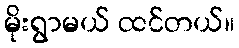
မိုးရွာမယ် ထင်တယ်။